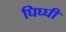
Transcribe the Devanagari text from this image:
घिघ्घी